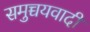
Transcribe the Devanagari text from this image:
समुच्चयवादी